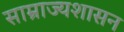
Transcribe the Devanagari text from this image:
साम्राज्यशासन